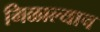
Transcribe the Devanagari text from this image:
मिळाल्याच